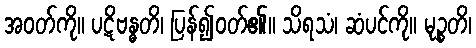
အဝတ်ကို။ ပဋိဗန္ဓတိ၊ ပြန်၍ဝတ်၏။ သိရသံ၊ ဆံပင်ကို။ မုဉ္စတိ၊